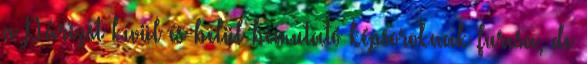
a Párizst kívül és belül bemutató képsoroknak furcsa, de